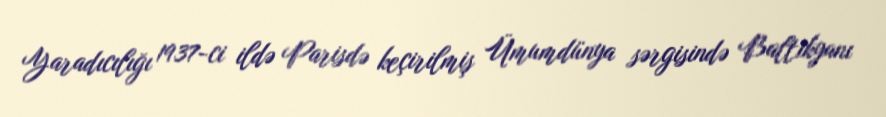
Yaradıcılığı 1937-ci ildə Parisdə keçirilmiş Ümumdünya sərgisində Baltikyanı